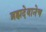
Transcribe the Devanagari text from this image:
ब्रह्मदेवानेच